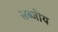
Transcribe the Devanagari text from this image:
सब्जीय